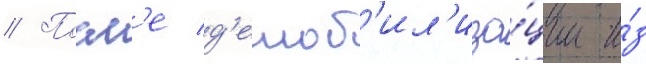
// Посл'е д'емоб'ил'иза́ции и́з